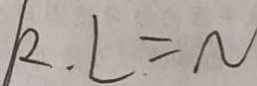
K . L = N